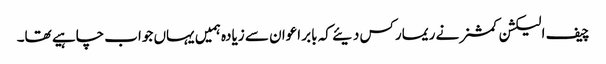
چیف الیکشن کمشنر نے ریمارکس دیئے کہ بابر اعوان سے زیادہ ہمیں یہاں جواب چاہیے تھا۔